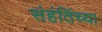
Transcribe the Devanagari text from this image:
संहंतिंच्या